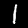
Digit: 1